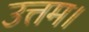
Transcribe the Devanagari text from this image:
उत्तम।